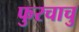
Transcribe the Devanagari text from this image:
फुरचाचु